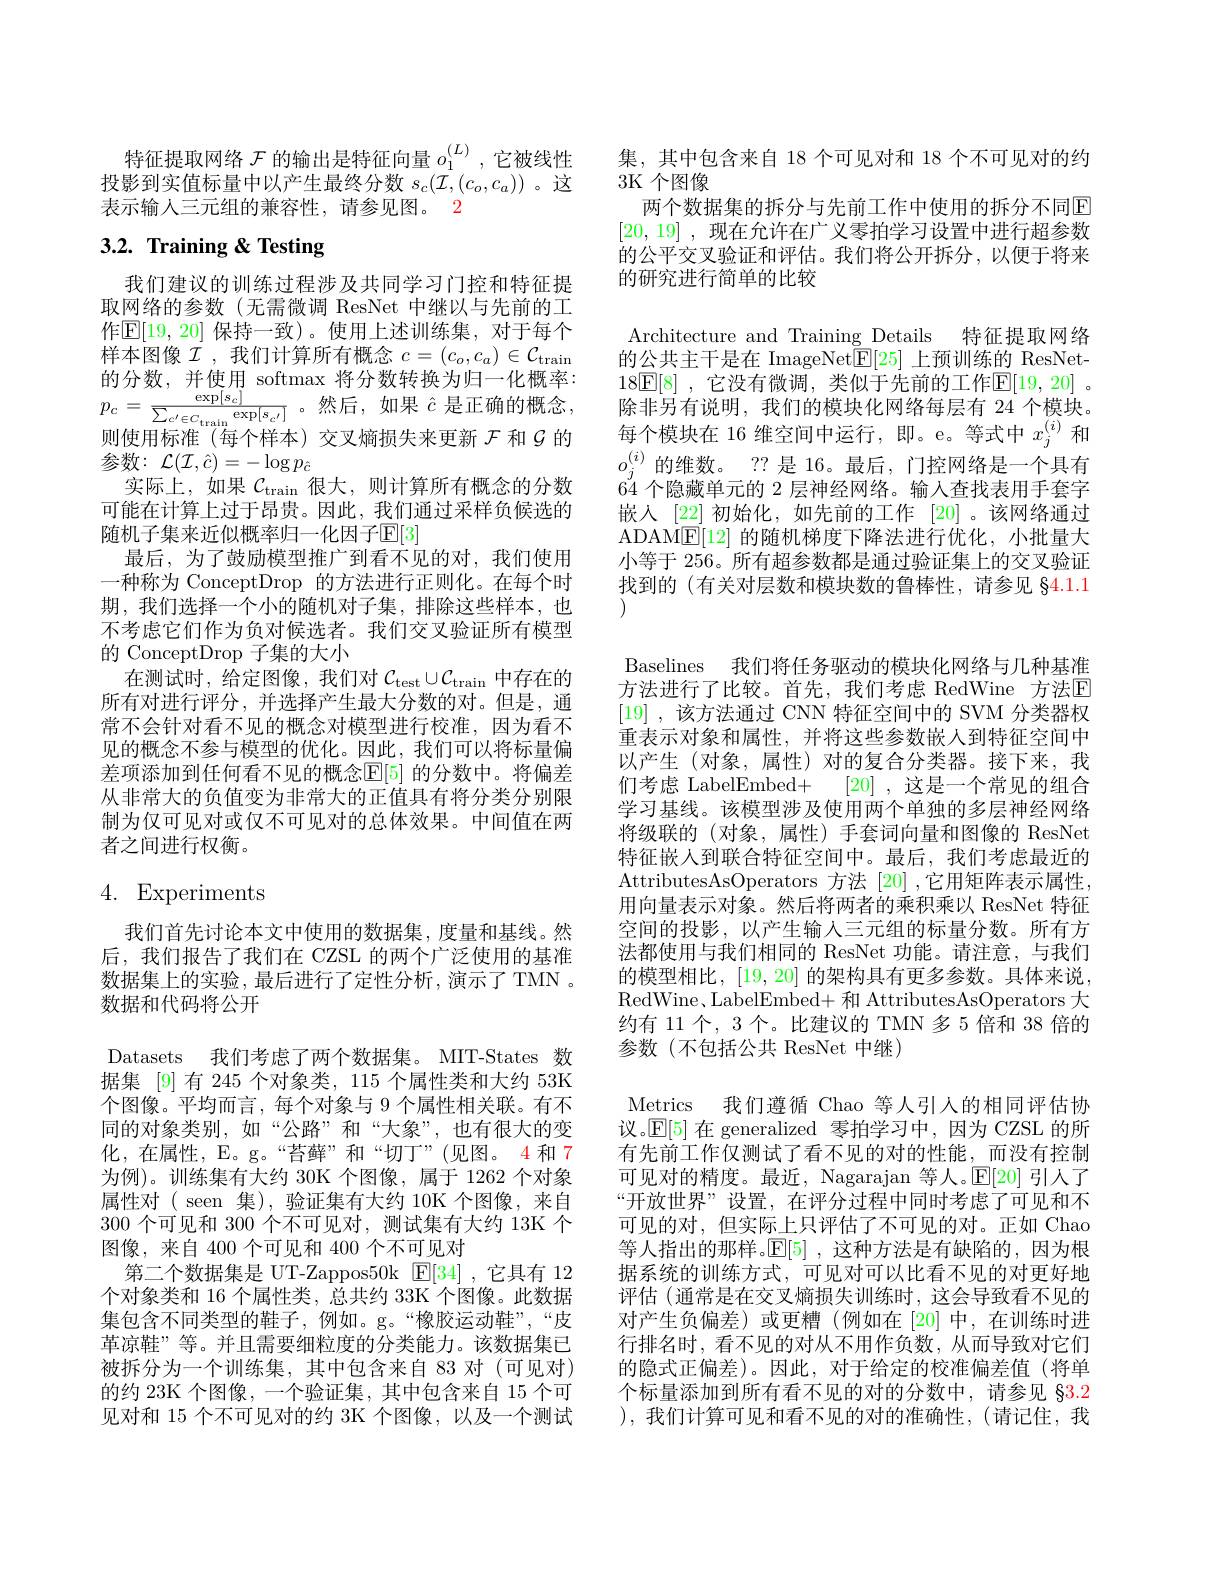
特征提取网络$\mathcal{F}$的输出是特征向量$o_1^{(L)}$,它被线性投影到实值标量中以产生最终分数$s_c(\tilde{\mathcal{I}},(c_o,c_a))$ 。这表示输入三元组的兼容性，请参见图。2

# 3.2. Training & Testing

我们建议的训练过程涉及共同学习门控和特征提取网络的参数(无需微调 ResNet 中继以与先前的工作$\mathbb{E}[19,20]$ 保持一致)。使用上述训练集，对于每个样本图像$\mathcal{I}$,我们计算所有概念 $c=(c_o,c_a)\in\mathcal{C}_{\mathrm{train}}$ 的分数，并使用 softmax 将分数转换为归一化概率： 参数：$\mathcal{L}(\mathcal{I},\hat{c})=-\log p_{\hat{c}}$
实际上，如果$\mathcal{C}_\mathrm{train}$很大，则计算所有概念的分数可能在计算上过于昂贵。因此，我们通过采样负候选的随机子集来近似概率归一化因子$\mathbb{E}[3]$
最后，为了鼓励模型推广到看不见的对，我们使用一种称为 ConceptDrop 的方法进行正则化。在每个时期，我们选择一个小的随机对子集，排除这些样本，也不考虑它们作为负对候选者。我们交叉验证所有模型的 ConceptDrop 子集的大小
在测试时，给定图像，我们对$\mathcal{C}_\mathrm{test}\cup\mathcal{C}_\mathrm{train}$中存在的所有对进行评分，并选择产生最大分数的对。但是，通常不会针对看不见的概念对模型进行校准，因为看不见的概念不参与模型的优化。因此，我们可以将标量偏差项添加到任何看不见的概念$\mathbb{E}[5]$ 的分数中。将偏差从非常大的负值变为非常大的正值具有将分类分别限制为仅可见对或仅不可见对的总体效果。中间值在两者之间进行权衡。

# 4. Experiments

我们首先讨论本文中使用的数据集，度量和基线。然后，我们报告了我们在 CZSL 的两个广泛使用的基准数据集上的实验，最后进行了定性分析，演示了TMN 。数据和代码将公开
Datasets 我们考虑了两个数据集。MIT-States 数据集 [9]有 245 个对象类，115 个属性类和大约 53K 个图像。平均而言，每个对象与 9 个属性相关联。有不同的对象类别，如“公路”和“大象”,也有很大的变化，在属性，E。g。“苔藓”和“切丁”(见图。4 和 7为例)。训练集有大约 30K 个图像，属于 1262 个对象属性对( seen 集),验证集有大约 10K 个图像，来自300个可见和 300 个不可见对，测试集有大约 13K 个图像，来自 400 个可见和 400 个不可见对
第二个数据集是 UT-Zappos50k $\operatorname{E}[34]$ ,它具有 12个对象类和 16 个属性类，总共约 33K 个图像。此数据集包含不同类型的鞋子，例如。g。“橡胶运动鞋”,“皮革凉鞋”等。并且需要细粒度的分类能力。该数据集已被拆分为一个训练集，其中包含来自 83 对 (可见对) 的约 23K 个图像，一个验证集，其中包含来自 15 个可见对和 15 个不可见对的约 3K 个图像，以及一个测试

集，其中包含来自 18 个可见对和 18 个不可见对的约
3K 个图像
两个数据集的拆分与先前工作中使用的拆分不同$\boxed{\mathrm{E}}$ [20,19] , 现在允许在广义零拍学习设置中进行超参数的公平交叉验证和评估。我们将公开拆分，以便于将来的研究进行简单的比较

Architecture and Training Details 特征提取网络的公共主干是在 ImageNet$\mathbb{E}[25]$上预训练的 ResNet- $18\boxed{\mathrm{E}[8]}$ ,它没有微调，类似于先前的工作$\mathbb{E}[19,20]$ 。除非另有说明，我们的模块化网络每层有 24 个模块。每个模块在 16 维空间中运行，即。e。等式中$x_j^{(i)}$和$o_j^{(i)}$的维数。??是 16。最后，门控网络是一个具有64个隐藏单元的 2 层神经网络。输入查找表用手套字嵌入 [22] 初始化，如先前的工作 [20]。该网络通过ADAM$\underline{\mathrm{E}}[12]$的随机梯度下降法进行优化，小批量大小等于 256。所有超参数都是通过验证集上的交叉验证找到的(有关对层数和模块数的鲁棒性，请参见 §4.1.1

Baselines 我们将任务驱动的模块化网络与几种基准方法进行了比较。首先，我们考虑 RedWine 方法$\mathbb{E}$ [19] , 该方法通过 CNN 特征空间中的 SVM 分类器权重表示对象和属性，并将这些参数嵌人到特征空间中以产生 (对象，属性)对的复合分类器。接下来，我们考虑 LabelEmbed+ [20] ,这是一个常见的组合学习基线。该模型涉及使用两个单独的多层神经网络将级联的 (对象，属性)手套词向量和图像的 ResNet 特征嵌人到联合特征空间中。最后，我们考虑最近的AttributesAsOperators 方法[20] ,它用矩阵表示属性， 用向量表示对象。然后将两者的乘积乘以 ResNet 特征空间的投影，以产生输入三元组的标量分数。所有方法都使用与我们相同的 ResNet 功能。请注意，与我们的模型相比，[19,20] 的架构具有更多参数。具体来说， RedWine, LabelEmbed+ 和 AttributesAsOperators 大约有 11 个，3 个。比建议的 TMN 多 5 倍和 38 倍的参数(不包括公共 ResNet 中继)
Metrics 我们遵循 Chao 等人引人的相同评估协议。$\mathbb{E}[5]$在 generalized 零拍学习中，因为 CZSL 的所有先前工作仅测试了看不见的对的性能，而没有控制可见对的精度。最近，Nagarajan 等人。$\mathbb{E}[20]$引人了“开放世界”设置，在评分过程中同时考虑了可见和不可见的对，但实际上只评估了不可见的对。正如 Chao 等人指出的那样。$\mathbb{E}[5]$ ,这种方法是有缺陷的，因为根据系统的训练方式，可见对可以比看不见的对更好地评估(通常是在交叉熵损失训练时，这会导致看不见的对产生负偏差)或更糟(例如在[20]中，在训练时进行排名时，看不见的对从不用作负数，从而导致对它们的隐式正偏差)。因此，对于给定的校准偏差值(将单个标量添加到所有看不见的对的分数中，请参见 §3.2 ),我们计算可见和看不见的对的准确性，(请记住，我